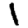
Digit: 1